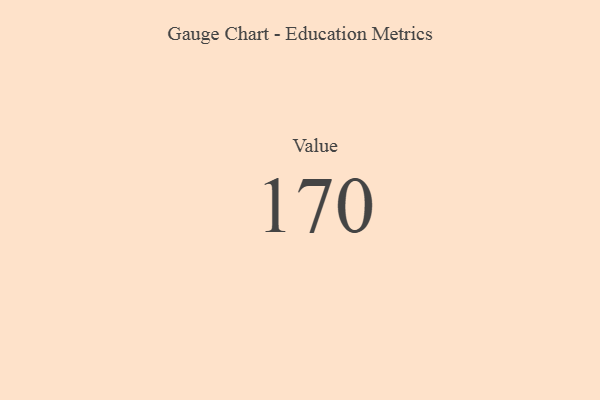
{"axis": {"x": "Metric", "y": "Value"}, "legend": [""], "data": [{"x": "Value", "y": 170, "type": ""}]}